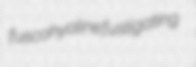
fuscohyaline fustigating